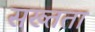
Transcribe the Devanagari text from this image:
सख्तता